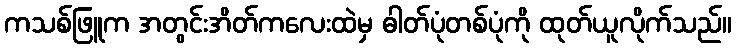
ကသစ်ဖြူက အတွင်းအိတ်ကလေးထဲမှ ဓါတ်ပုံတစ်ပုံကို ထုတ်ယူလိုက်သည်။